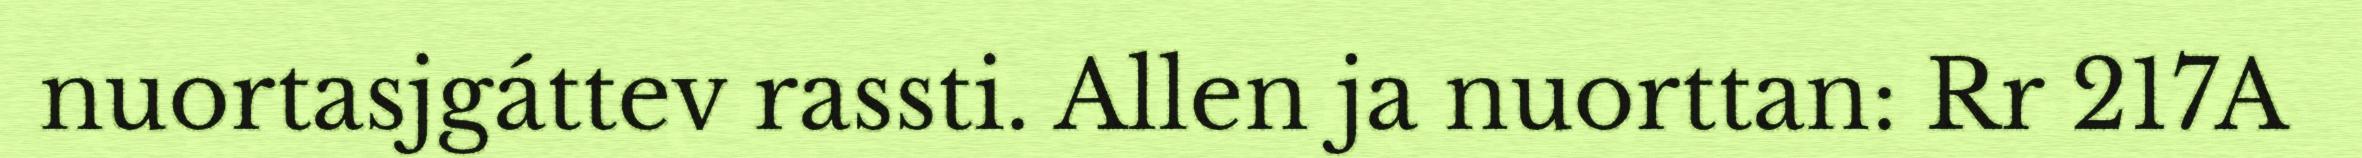
nuortasjgáttev rassti. Allen ja nuorttan: Rr 217A